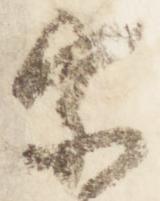
宗